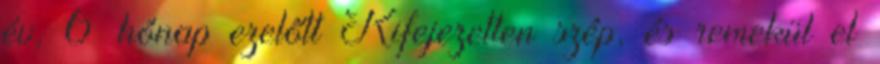
év, 6 hónap ezelőtt Kifejezetten szép, és remekül el